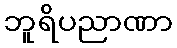
ဘူရိပညာဏာ